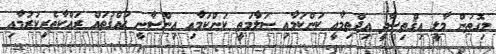
މިގޮތުން މާލީ އިޤްތިޞާދީ އިޖްތިމާޢީ ކަންކަމާއި ސަލާމަތީ ކަންކަމާއި އިންސާނީ ޙައްޤުތައް ރައްކާތެރިކުރުމާއި